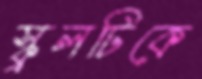
স্কুলটিকে